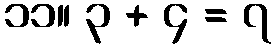
၁၁။ ၃ + ၄ = ၇